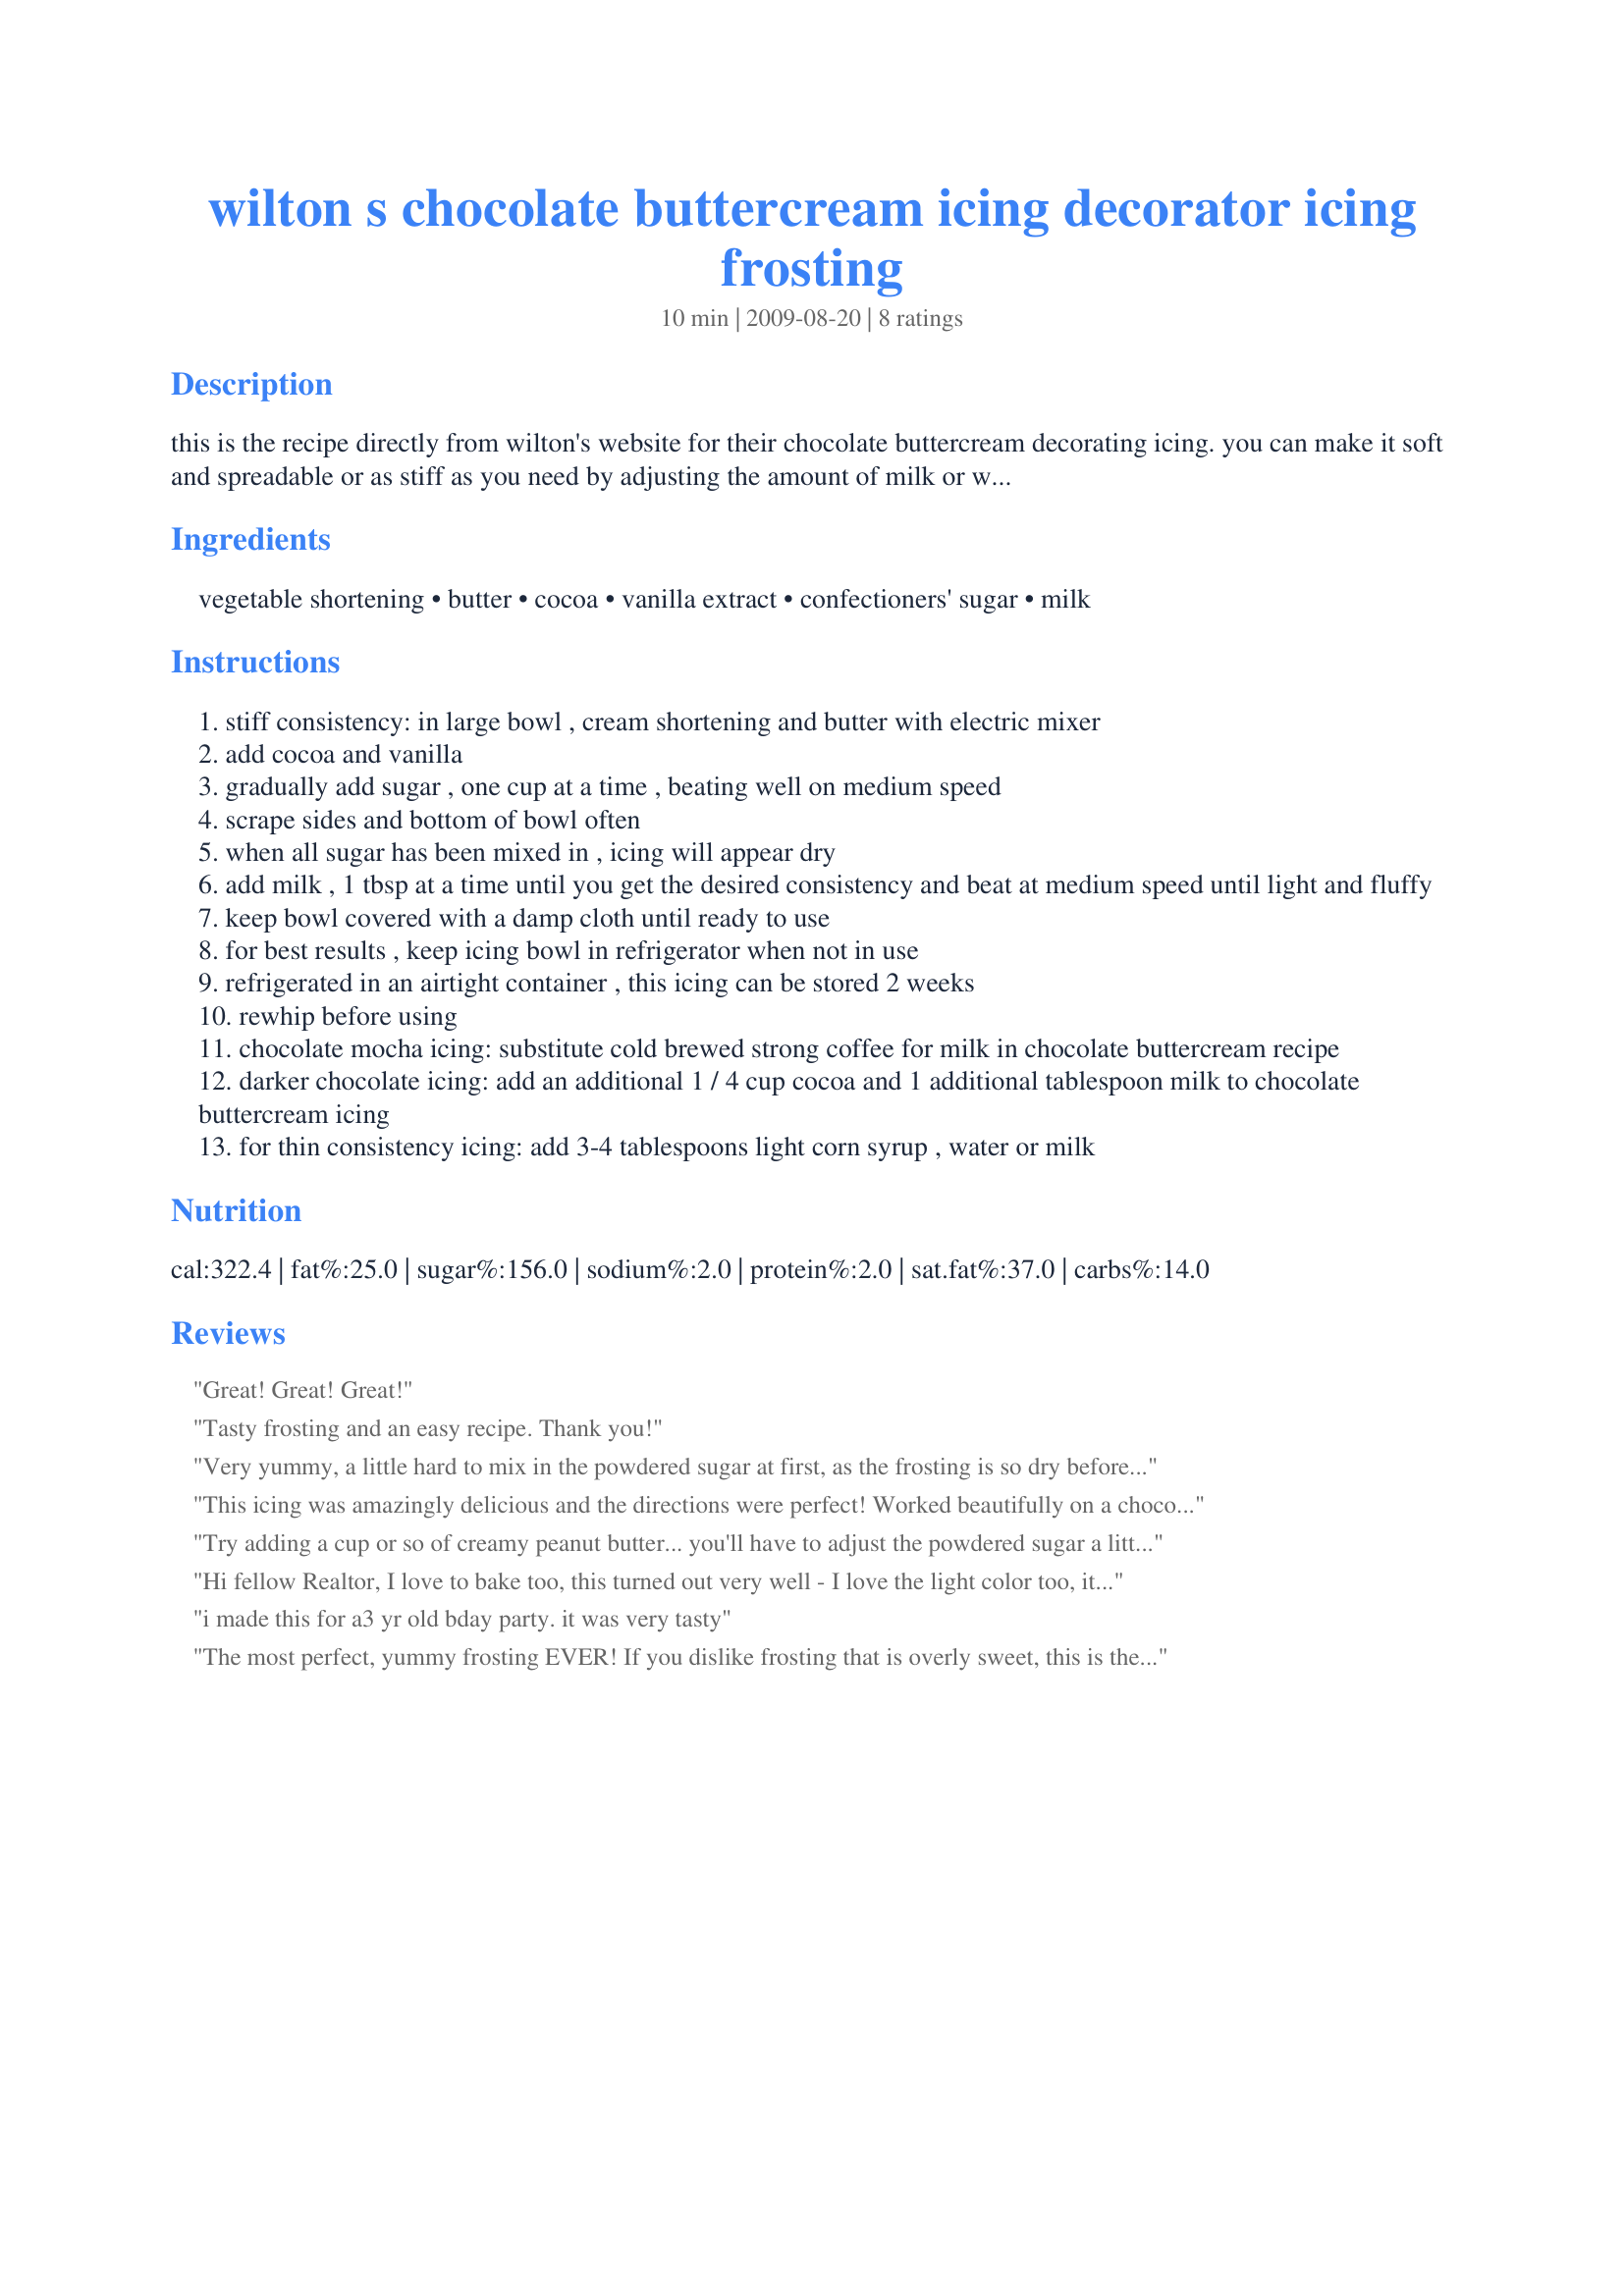
wilton s chocolate buttercream icing decorator icing frosting
Preparation time: 10 minutes

this is the recipe directly from wilton's website for their chocolate buttercream decorating icing. you can make it soft and spreadable or as stiff as you need by adjusting the amount of milk or water you add. just follow the directions and it'll come out perfect every time.

Ingredients:
vegetable shortening, butter, cocoa, vanilla extract, confectioners' sugar, milk

Steps:
stiff consistency: in large bowl , cream shortening and butter with electric mixer
add cocoa and vanilla
gradually add sugar , one cup at a time , beating well on medium speed
scrape sides and bottom of bowl often
when all sugar has been mixed in , icing will appear dry
add milk , 1 tbsp at a time until you get the desired consistency and beat at medium speed until light and fluffy
keep bowl covered with a damp cloth until ready to use
for best results , keep icing bowl in refrigerator when not in use
refrigerated in an airtight container , this icing can be stored 2 weeks
rewhip before using
chocolate mocha icing: substitute cold brewed strong coffee for milk in chocolate buttercream recipe
darker chocolate icing: add an additional 1 / 4 cup cocoa and 1 additional tablespoon milk to chocolate buttercream icing
for thin consistency icing: add 3-4 tablespoons light corn syrup , water or milk

Reviews:
Great! Great! Great!
Tasty frosting and an easy recipe. Thank you!
Very yummy, a little hard to mix in the powdered sugar at first, as the frosting is so dry before adding milk. Added a pinch of salt to balance the sweetness out. Very yummy and a definite keeper!
This icing was amazingly delicious and the directions were perfect! Worked beautifully on a chocolate layer cake I made for a party. Everyone loved it. Thank you for posting!
Try adding a cup or so of creamy peanut butter... you'll have to adjust the powdered sugar a little- but WOW!!!
Hi fellow Realtor, I love to bake too, this turned out very well - I love the light color too, it's just like the bakery. Now what is the difference in preparation to get it super fluffy?? Is it less milk or less powdered sugar, etc.? Thanks!
i made this for a3 yr old bday party. it was very tasty
The most perfect, yummy frosting EVER! If you dislike frosting that is overly sweet, this is the one for you. This frosting is scrumptious, rich, but not sugary sweet. The downside - I would eat a bowl of this if I didn't have more self control! Thanks for sharing!
